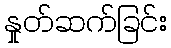
နှုတ်ဆက်ခြင်း